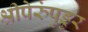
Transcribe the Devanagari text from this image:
श्रीपेरुंपुडुर